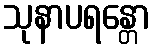
သုနာပရန္တော